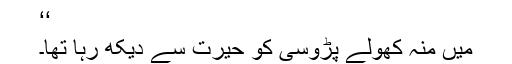
‘‘
میں منہ کھولے پڑوسی کو حیرت سے دیکھ رہا تھا۔